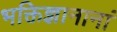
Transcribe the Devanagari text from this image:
भक्तिज्ञानानां